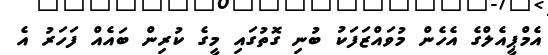
އެމްޕީއެލްގެ އެހެން މުވައްޒަފަކު ބުނި ގޮތުގައި މީގެ ކުރިން ބައެއް ފަހަރު އެ